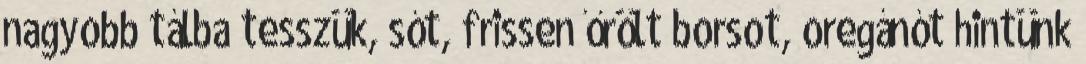
nagyobb tálba tesszük, sót, frissen őrölt borsot, oregánót hintünk